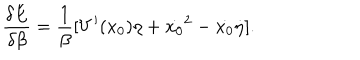
\frac { \delta E } { \delta \beta } = \frac { 1 } { \beta } [ V ^ { \prime } ( x _ { 0 } ) \eta + \dot { x _ { 0 } } ^ { 2 } - \dot { x _ { 0 } } \dot { \eta } ] .